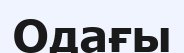
Одағы